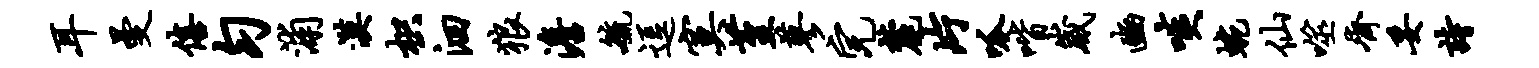
耳曼僖匀浦漠枳洄狼澹毓逗寞堇蓼完麓片呱喈崴豳啖蜿仙噬齐妥诗